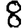
Digit: 8